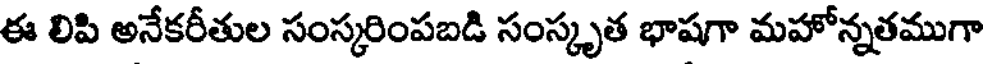
ఈ లిపి అనేకరీతుల సంస్కరింపబడి సంస్కృత భాషగా మహోన్నతముగా